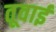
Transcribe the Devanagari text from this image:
तूवाई